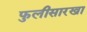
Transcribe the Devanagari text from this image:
फुलीसारखा